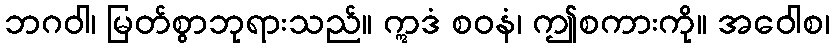
ဘဂဝါ၊ မြတ်စွာဘုရားသည်။ ဣဒံ စဝနံ၊ ဤစကားကို။ အဝေါစ၊